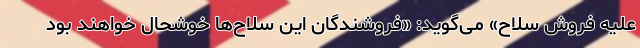
علیه فروش سلاح» می‌گوید: «فروشندگان این سلاح‌ها خوشحال خواهند بود